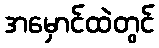
အမှောင်ထဲတွင်